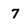
Character: 7